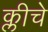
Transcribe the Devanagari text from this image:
क्लीचे